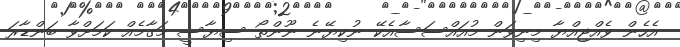
އެހެން ވެއްޖިއްޔާ މިނިވަން މުއައްސަސާއެކޭ ނުކިޔޭނެ ނޫންތޯ ސިޔާސީ މަގާމެއް ކަމަށްވާ ބަންޑާރަ